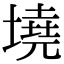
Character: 墝